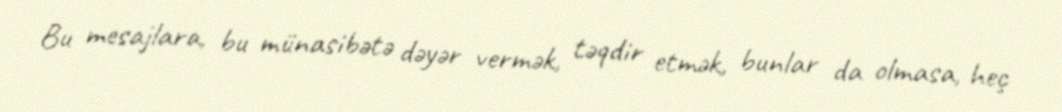
Bu mesajlara, bu münasibətə dəyər vermək, təqdir etmək, bunlar da olmasa, heç